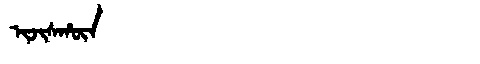
Manchu: ᡳᠵᡳᠰᡥᡡᠨ
Romanization: IJISHŪN